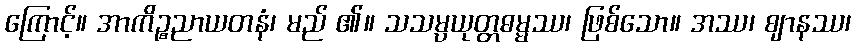
ကြောင့်။ အာကိဉ္စညာယတနံ၊ မည် ၏။ သသမ္ပယုတ္တဓမ္မဿ၊ ဖြစ်သော။ အဿ၊ ဈာနဿ၊